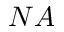
N A